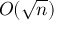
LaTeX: O ( { \sqrt { n } } )